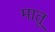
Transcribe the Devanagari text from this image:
मातू